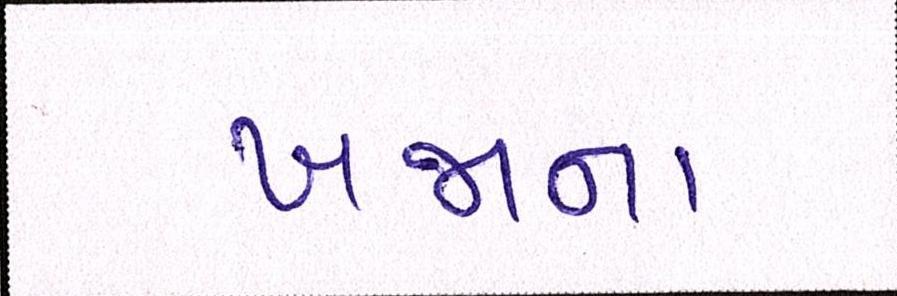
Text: ખજાના